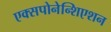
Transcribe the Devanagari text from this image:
एक्सपोनेन्शिएशन